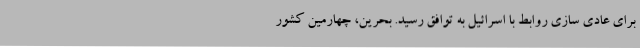
برای عادی سازی روابط با اسرائیل به توافق رسید. بحرین، چهارمین کشور